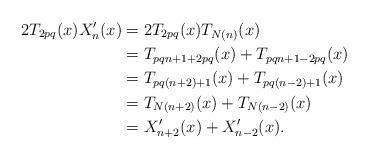
LaTeX: \begin{align*}2T_{2p q}(x)X'_n(x)&=2T_{2p q }(x)T_{N(n)}(x)\\&=T_{pqn+1+2pq}(x)+T_{pqn+1-2pq}(x)\\&=T_{pq(n+2)+1}(x)+T_{pq(n-2)+1}(x)\\&=T_{N(n+2)}(x)+T_{N(n-2)}(x)\\&=X'_{n+2}(x)+X'_{n-2}(x).\end{align*}